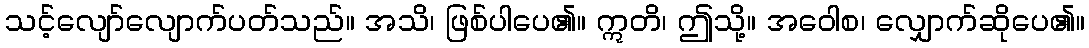
သင့်လျော်လျောက်ပတ်သည်။ အသိ၊ ဖြစ်ပါပေ၏။ ဣတိ၊ ဤသို့။ အဝေါစ၊ လျှောက်ဆိုပေ၏။